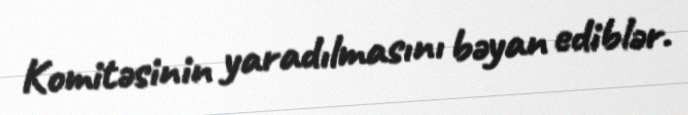
Komitəsinin yaradılmasını bəyan ediblər.